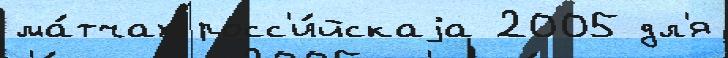
ма́тчах росс'и́йскаjа 2005 дл'я